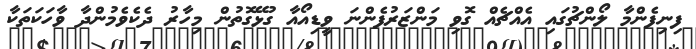
ފިނިފެންމާ ލޯންޗުގައި އެއްޗެއް ގޮވި މަންޒަރުފެންނަ ވީޑިއޯއާ ގުޅޭގޮތުން މިހާރު ދެކެވެމުންދާ ވާހަކަތަކާ